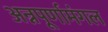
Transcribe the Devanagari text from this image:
अन्नपूर्णामंगल